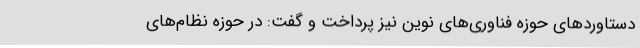
دستاوردهای حوزه فناوری‌های نوین نیز پرداخت و گفت: در حوزه نظام‌های